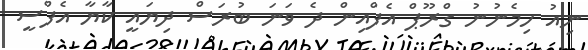
ނިއު ހިމެނުނު ގްރޫޕް އެފްއިން ދެ ވަނަ ބުރަސް ދިޔައީ ކާޔާ އެފްސީ